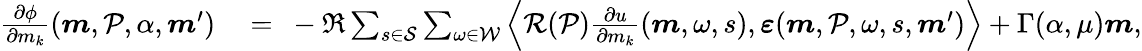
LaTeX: \begin{array}{rl}{\frac{\partial\phi}{\partial m_{k}}(\boldsymbol{m},\mathcal{P},\alpha,\boldsymbol{m}^{\prime})\ }&{=\ -\Re\sum_{s\in\mathcal{S}}\sum_{\omega\in\mathcal{W}}\left\langle\mathcal{R}(\mathcal{P})\frac{\partial u}{\partial m_{k}}(\boldsymbol{m},\omega,s),\boldsymbol{\varepsilon}(\boldsymbol{m},\mathcal{P},\omega,s,\boldsymbol{m}^{\prime})\right\rangle+\Gamma(\alpha,\mu)\boldsymbol{m},}\end{array}